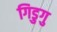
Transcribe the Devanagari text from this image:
गिडुगु